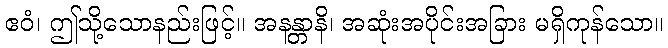
ဧဝံ၊ ဤသို့သောနည်းဖြင့်။ အနန္တာနိ၊ အဆုံးအပိုင်းအခြား မရှိကုန်သော။